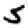
Digit: 5